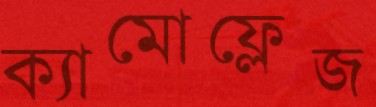
ক্যামোফ্লেজ